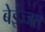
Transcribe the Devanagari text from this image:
बेईज्जत